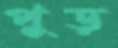
পুড়